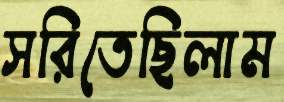
সরিতেছিলাম